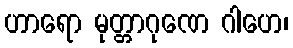
ဟာရော မုတ္တာဂုဏေ ဂါဟေ၊